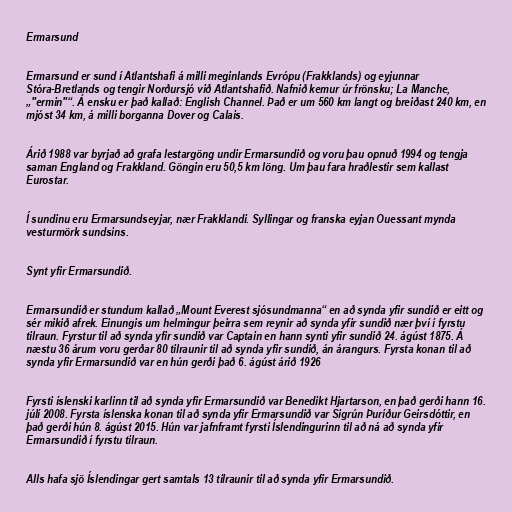
Ermarsund

Ermarsund er sund í Atlantshafi á milli meginlands Evrópu (Frakklands) og eyjunnar
Stóra-Bretlands og tengir Norðursjó við Atlantshafið. Nafnið kemur úr frönsku; La Manche,
„"ermin"“. Á ensku er það kallað: English Channel. Það er um 560 km langt og breiðast 240 km, en
mjóst 34 km, á milli borganna Dover og Calais.

Árið 1988 var byrjað að grafa lestargöng undir Ermarsundið og voru þau opnuð 1994 og tengja
saman England og Frakkland. Göngin eru 50,5 km löng. Um þau fara hraðlestir sem kallast
Eurostar.

Í sundinu eru Ermarsundseyjar, nær Frakklandi. Syllingar og franska eyjan Ouessant mynda
vesturmörk sundsins.

Synt yfir Ermarsundið.

Ermarsundið er stundum kallað „Mount Everest sjósundmanna“ en að synda yfir sundið er eitt og
sér mikið afrek. Einungis um helmingur þeirra sem reynir að synda yfir sundið nær því í fyrstu
tilraun. Fyrstur til að synda yfir sundið var Captain en hann synti yfir sundið 24. ágúst 1875. Á
næstu 36 árum voru gerðar 80 tilraunir til að synda yfir sundið, án árangurs. Fyrsta konan til að
synda yfir Ermarsundið var en hún gerði það 6. ágúst árið 1926

Fyrsti íslenski karlinn til að synda yfir Ermarsundið var Benedikt Hjartarson, en það gerði hann 16.
júlí 2008. Fyrsta íslenska konan til að synda yfir Ermarsundið var Sigrún Þuríður Geirsdóttir, en
það gerði hún 8. ágúst 2015. Hún var jafnframt fyrsti Íslendingurinn til að ná að synda yfir
Ermarsundið í fyrstu tilraun.

Alls hafa sjö Íslendingar gert samtals 13 tilraunir til að synda yfir Ermarsundið.